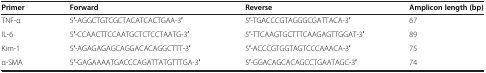
<table><thead><tr><td><b>Primer</b></td><td><b>Forward</b></td><td><b>Reverse</b></td><td><b>Amplicon length (bp)</b></td></tr></thead><tbody><tr><td>TNF-α</td><td>5′-AGGCTGTCGCTACATCACTGAA-3′</td><td>5′-TGACCCGTAGGGCGATTACA-3′</td><td>67</td></tr><tr><td>IL-6</td><td>5′-CCAACTTCCAATGCTCTCCTAATG-3′</td><td>5′-TTCAAGTGCTTTCAAGAGTTGGAT-3′</td><td>89</td></tr><tr><td>Kim-1</td><td>5′-AGAGAGAGCAGGACACAGGCTTT-3′</td><td>5′-ACCCGTGGTAGTCCCAAACA-3′</td><td>75</td></tr><tr><td>α-SMA</td><td>5′-GAGAAAATGACCCAGATTATGTTTGA-3′</td><td>5′-GGACAGCACAGCCTGAATAGC-3′</td><td>74</td></tr></tbody></table>